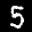
Label: 5